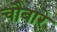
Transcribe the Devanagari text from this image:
चौबारे